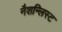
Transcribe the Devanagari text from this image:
नैशन्लिस्ट